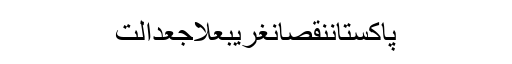
پاکستاننقصانغریبعلاجعدالت